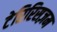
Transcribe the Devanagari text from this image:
टेरिरिसज़म